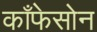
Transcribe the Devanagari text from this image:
काँफेसोन